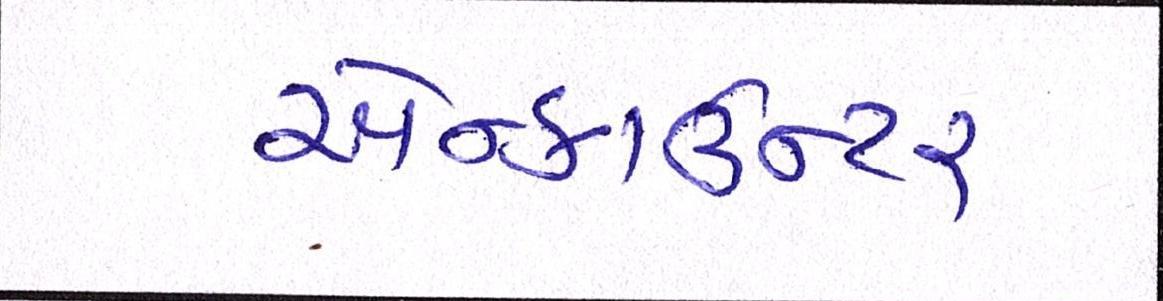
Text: એન્કાઉન્ટર